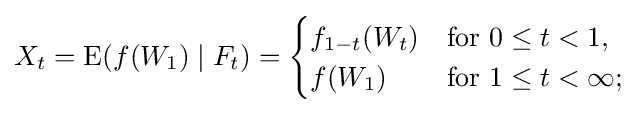
X_{t}=\operatorname {E} (f(W_{1})\mid F_{t})={\begin{cases}f_{1-t}(W_{t})&{\text{for }}0\leq t<1,\\f(W_{1})&{\text{for }}1\leq t<\infty ;\end{cases}}